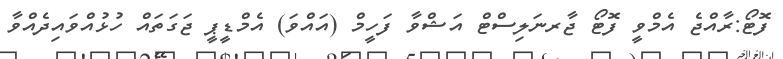
ފޮޓޯ:ރާއްޖެ އެމްވީ ފޮޓޯ ޖާރނަލިސްޓް އަޝްވާ ފަހީމް (އައްވަ) އެމްޑީޕީ ޖަގަތައް ހުޅުއްވައިދެއްވާ